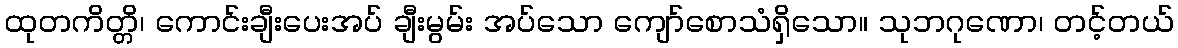
ထုတကိတ္တိ၊ ကောင်းချီးပေးအပ် ချီးမွမ်း အပ်သော ကျော်စောသံရှိသော။ သုဘဂုဏော၊ တင့်တယ်